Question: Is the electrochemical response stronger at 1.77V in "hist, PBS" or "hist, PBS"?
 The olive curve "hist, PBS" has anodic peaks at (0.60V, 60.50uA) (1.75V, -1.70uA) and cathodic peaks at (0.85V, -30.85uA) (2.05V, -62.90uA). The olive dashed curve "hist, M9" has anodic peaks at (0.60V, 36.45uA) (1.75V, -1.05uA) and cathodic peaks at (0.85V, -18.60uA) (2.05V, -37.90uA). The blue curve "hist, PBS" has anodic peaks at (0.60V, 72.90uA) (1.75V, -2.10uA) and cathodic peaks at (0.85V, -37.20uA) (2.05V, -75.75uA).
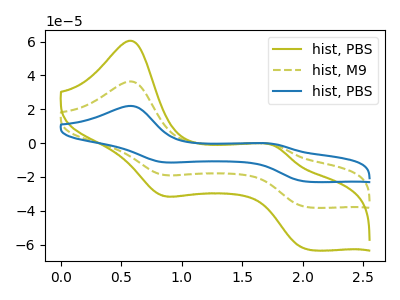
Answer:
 <answer>The peak at 1.77V is lower in "hist, PBS" than in "hist, PBS".</answer>
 <eval>lower</eval>